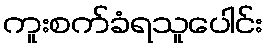
ကူးစက်ခံရသူပေါင်း